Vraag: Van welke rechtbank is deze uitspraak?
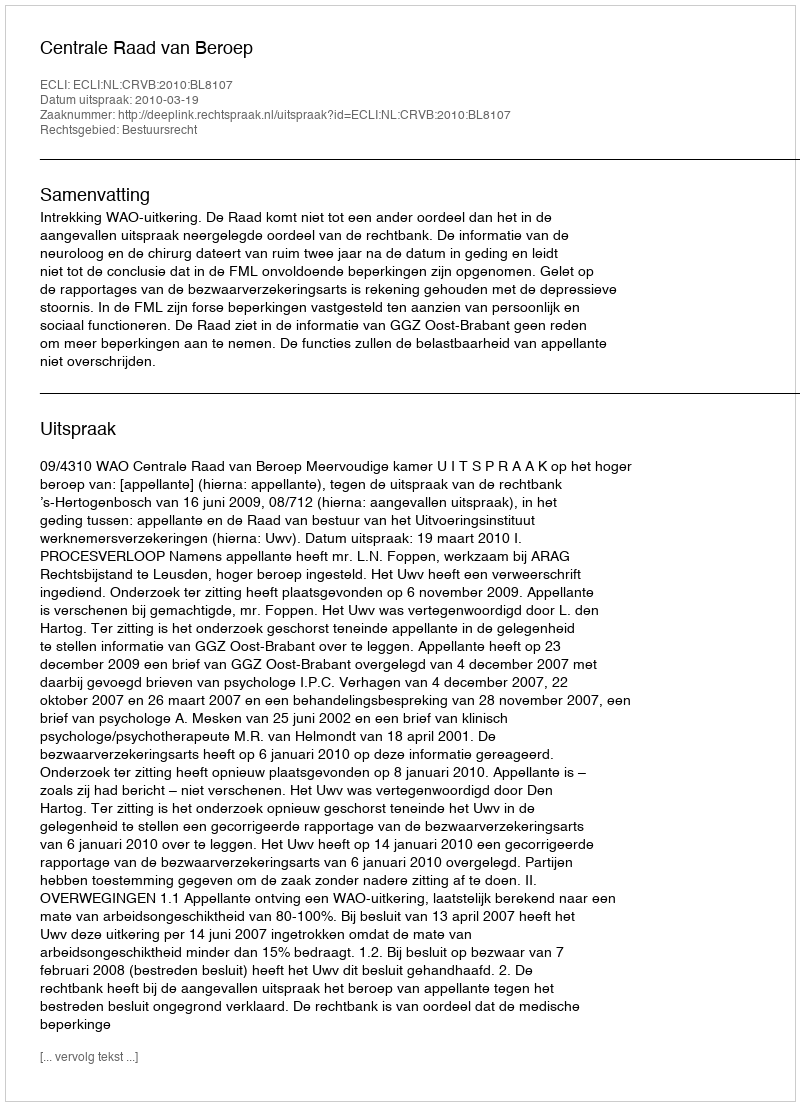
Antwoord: Centrale Raad van Beroep